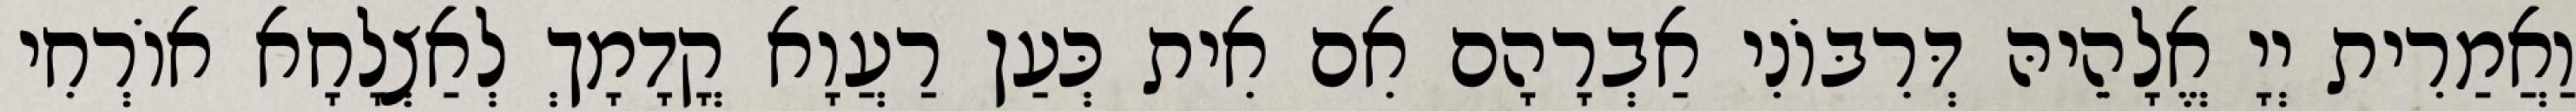
וַאֲמַרִית יְיָ אֱלָהֵיהּ דְּרִבּוֹנִי אַבְרָהָם אִם אִית כְּעַן רַעֲוָא קֳדָמָךְ לְאַצְלָחָא אוֹרְחִי